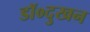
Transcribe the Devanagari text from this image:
डॉ०दुखन